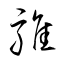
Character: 騅